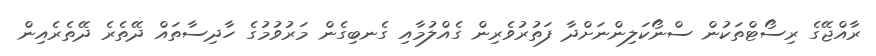
ރާއްޖޭގެ ރިސޯޓްތަކުން ސްނޯކަލިންނަށްދާ ފަތުރުވެރިން ގެއްލުމާއި ގެނބިގެން މަރުވުމުގެ ހާދިސާތައް ދޭތެރެ ދޭތެރެއިން